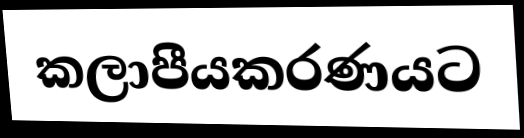
කලාපීයකරණයට